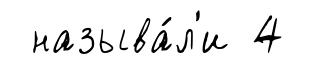
называ́л'и 4